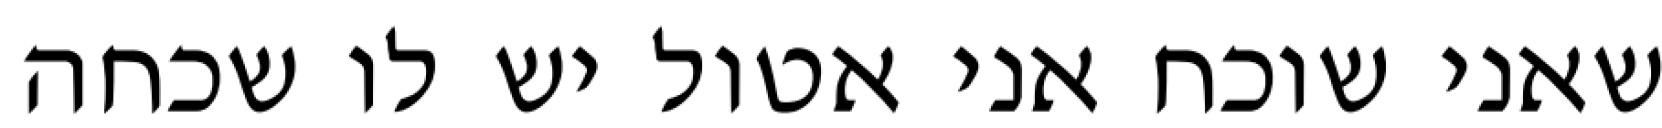
שאני שוכח אני אטול יש לו שכחה